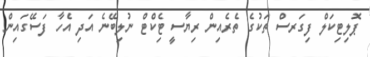
ޕޮލިޓިިކަލް ފިގަރސް ތަކުގެ ތެރެއިން ރިޔާސީ ޓިެކްޓް ނުލިބޭނެ އަދި އެހާ ފަސޭގައިން